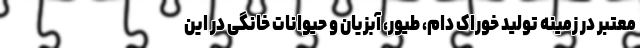
معتبر در زمینه تولید خوراک دام، طیور، آبزیان و حیوانات خانگی در این